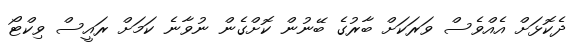
ދެކޮޅަށް އެއްވެސް ވަރަކަށް ބާރުގެ ބޭނުން ކޮށްގެން ނުވާނެ ކަމަށް ރައީސް ވިކްޓޯ